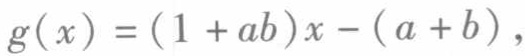
\(g(x)=(1 + ab)x-(a + b)\)